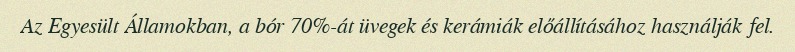
Az Egyesült Államokban, a bór 70%-át üvegek és kerámiák előállításához használják fel.